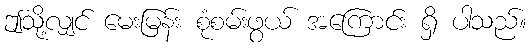
ဤသို့လျှင် မေးမြန်း စုံစမ်းဖွယ် အကြောင်း ရှိ ပါသည်။